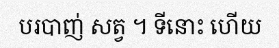
បរបាញ់ សត្វ ។ ទីនោះ ហើយ